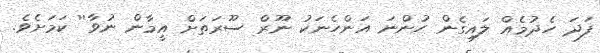
ފަދަ ހެދުމެއް ލައިގެން ހުންނަ އަންހެނަކު ނޫރް ސޫރަތަށް އީމާން ނުވާ'' ކަމަށެވެ.